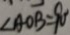
\angle A O B = 9 0 ^ { \circ }